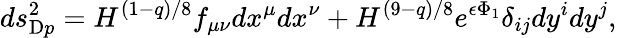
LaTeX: ds_{\mathrm{D}p}^{2}=H^{(1-q)/8}f_{\mu\nu}dx^{\mu}dx^{\nu}+H^{(9-q)/8}e^{\epsilon\Phi_{1}}\delta_{ij}dy^{i}dy^{j},